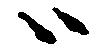
ハ